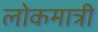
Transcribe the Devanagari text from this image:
लोकमात्री